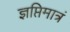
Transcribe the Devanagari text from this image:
ज्ञप्तिमात्रं